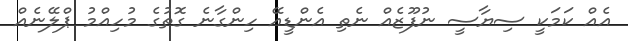
އެއް ކަމަކީ ސިޔާސީ ނުފޫޒެއް ނެތި އެންޑީއޭ ހިންގާނެ ގޮތުގެ މުހިއްމު ޕްލޭނެއް